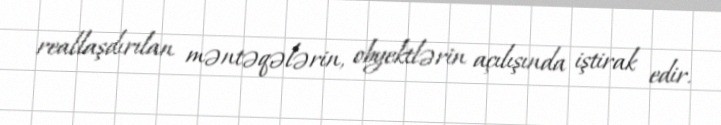
reallaşdırılan məntəqələrin, obyektlərin açılışında iştirak edir.